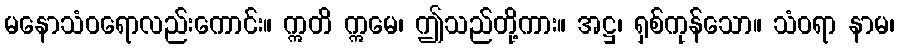
မနောသံဝရောလည်းကောင်း။ ဣတိ ဣမေ၊ ဤသည်တို့ကား။ အဋ္ဌ၊ ရှစ်ကုန်သော။ သံဝရာ နာမ၊